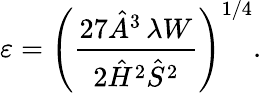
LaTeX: \varepsilon=\left(\frac{27\hat{A}^{3}\, \lambda W}{2\hat{H}^{2}\hat{S}^{2}}\right)^{1/4}.